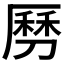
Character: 𠟄